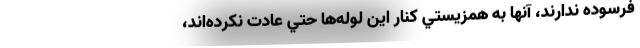
فرسوده ندارند، آنها به همزيستي كنار اين لوله‌ها حتي عادت نكرده‌اند،